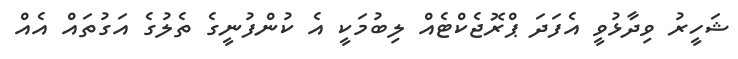
ޝަހީރު ވިދާޅުވީ އެފަދަ ޕްރޮޖެކްޓެއް ލިބުމަކީ އެ ކުންފުނީގެ ތެލުގެ އަގުތައް އެއް